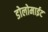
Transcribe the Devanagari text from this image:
डोलोमाईट